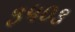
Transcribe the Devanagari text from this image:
३५०३